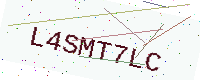
Text: L4SMT7LC